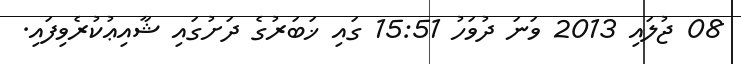
08 ޖުލައި 2013 ވަނަ ދުވަހު 15:51 ގައި ޚަބަރުގެ ދަށުގައި ޝާއިޢުކުރެވިފައި.